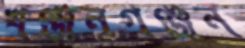
খঞ্জনগঞ্জন